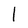
Character: l